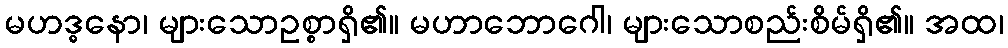
မဟဒ္ဓနော၊ များသောဥစ္စာရှိ၏။ မဟာဘောဂေါ၊ များသောစည်းစိမ်ရှိ၏။ အထ၊